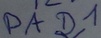
Text: PAD1